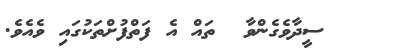
٣    ސީދާވެގެންވާ  ތައް އެ ފަތްފުށްތަކުގައި ވެއެވެ.